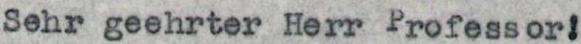
Sehr geehrter Herr Professor!